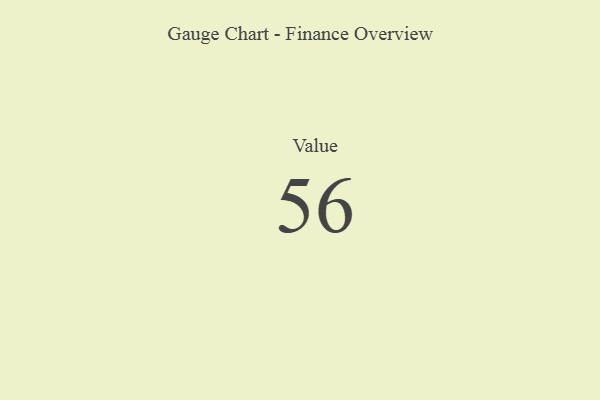
{"axis": {"x": "Metric", "y": "Value"}, "legend": [""], "data": [{"x": "Value", "y": 56, "type": ""}]}